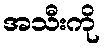
အသီးကို